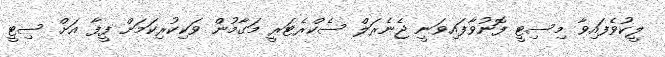
ލީކުވެފައިވާ މިސިޓީ ފޮނުވާފައިވަނީ ޖެނެރަލް ސެކްރެޓަރީ މަގާމުން ވަކިކުރިކަމަށް ފީފާ އަށް ސިޓީ